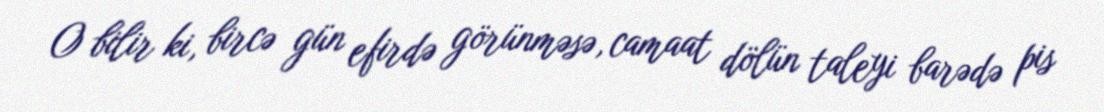
O bilir ki, bircə gün efirdə görünməsə, camaat dölün taleyi barədə pis